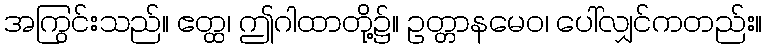
အကြွင်းသည်။ ဧတ္ထ၊ ဤဂါထာတို့၌။ ဥတ္တာနမေဝ၊ ပေါ်လျှင်ကတည်း။